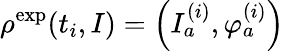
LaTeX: \rho^{\mathrm{exp}}(t_{i},I)=\left(I_{a}^{(i)},\varphi_{a}^{(i)}\right)